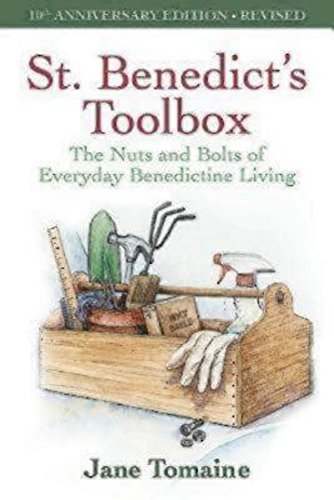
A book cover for St. Benedict's Toolbox: The Nuts and Bolts of Everyday Benedictine Living (10th Anniversary Edition-Revised); Jane Tomaine; Christian Books & Bibles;